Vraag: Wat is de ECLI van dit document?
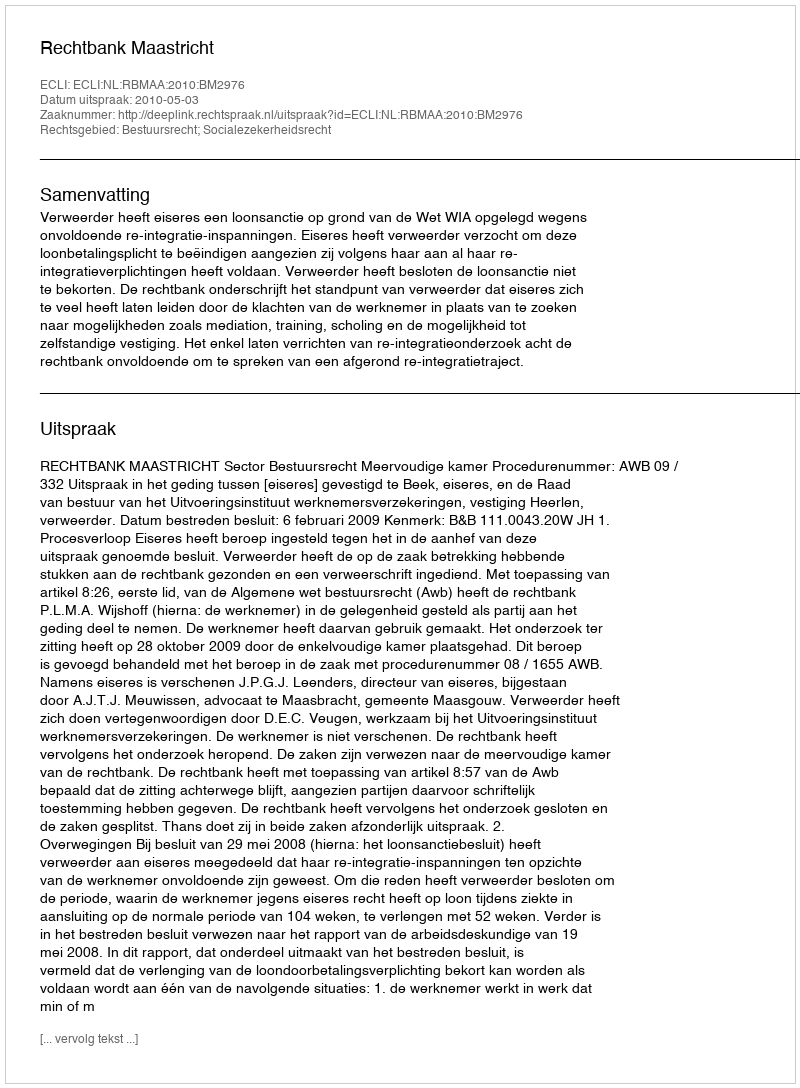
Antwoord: ECLI:NL:RBMAA:2010:BM2976